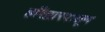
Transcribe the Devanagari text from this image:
हरिद्वारपासून